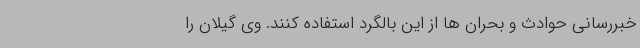
خبررسانی حوادث و بحران ها از این بالگرد استفاده کنند. وی گیلان را